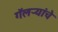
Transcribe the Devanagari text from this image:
गॅलऱ्यांचे